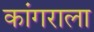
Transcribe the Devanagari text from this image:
कांगराला